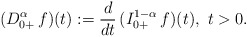
\begin{align*}(D^\alpha_{0+}\, f)(t) := \frac{d}{dt}\, (I^{1-\alpha}_{0+}\, f)(t),\ t>0.\end{align*}